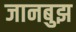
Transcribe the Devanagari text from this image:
जानबुझ